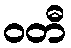
ဝတီ